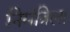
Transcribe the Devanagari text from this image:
निमंत्रिला